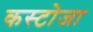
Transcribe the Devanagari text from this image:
कस्टोजा